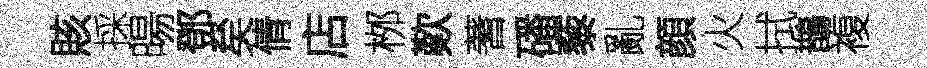
賅採暘鄧矣倩店桞歎蓍磻藜亂顔火拭鵲複